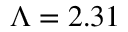
\Lambda = 2 . 3 1